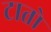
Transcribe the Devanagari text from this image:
टातो